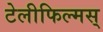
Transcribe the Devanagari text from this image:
टेलीफिल्मस्